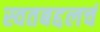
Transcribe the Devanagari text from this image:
स्वतबद्दलचं